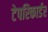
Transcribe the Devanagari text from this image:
टेपरिकार्डर